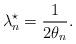
LaTeX: \begin{align*}\lambda^\star_n = \frac{1}{2\theta_n}. \end{align*}